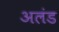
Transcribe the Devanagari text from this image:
अलंड